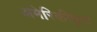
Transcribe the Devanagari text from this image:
अमेरिकीकृत